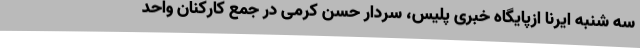
سه شنبه ایرنا ازپایگاه خبری پلیس، سردار حسن کرمی در جمع کارکنان واحد